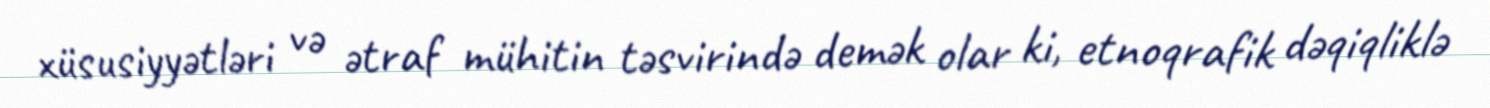
xüsusiyyətləri və ətraf mühitin təsvirində demək olar ki, etnoqrafik dəqiqliklə